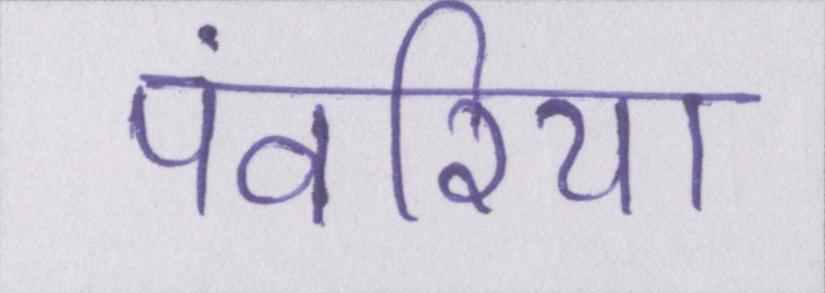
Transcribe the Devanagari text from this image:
पंवरिया